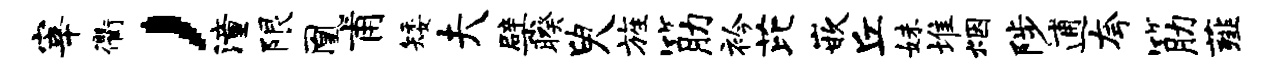
宰衢，潼限凰甫矮夫檗暌臾旌筋衿芘嵌丘妹堆烟陟逋夸筋薤